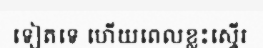
ទៀតទេ ហើយពេលខ្លះស្ទើរ